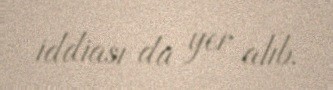
iddiası da yer alıb.